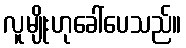
လူမျိုးဟုခေါ်ပေသည်။